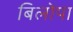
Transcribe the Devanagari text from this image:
बिलोपा